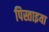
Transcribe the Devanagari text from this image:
पिस्ताइया